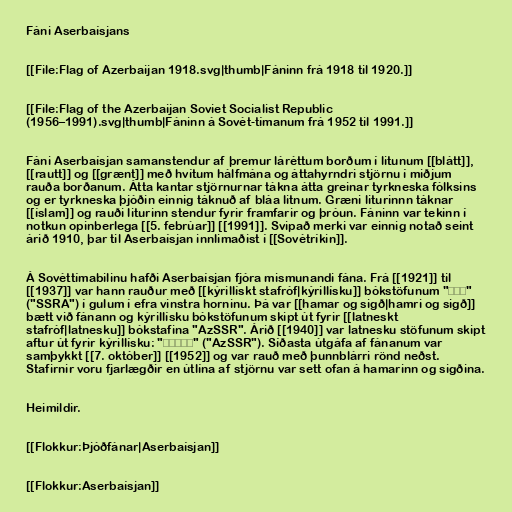
Fáni Aserbaísjans

[[File:Flag of Azerbaijan 1918.svg|thumb|Fáninn frá 1918 til 1920.]]

[[File:Flag of the Azerbaijan Soviet Socialist Republic
(1956–1991).svg|thumb|Fáninn á Sovét-tímanum frá 1952 til 1991.]]

Fáni Aserbaísjan samanstendur af þremur láréttum borðum í litunum [[blátt]],
[[rautt]] og [[grænt]] með hvítum hálfmána og áttahyrndri stjörnu í miðjum
rauða borðanum. Átta kantar stjörnurnar tákna átta greinar tyrkneska fólksins
og er tyrkneska þjóðin einnig táknuð af bláa litnum. Græni liturinnn táknar
[[íslam]] og rauði liturinn stendur fyrir framfarir og þróun. Fáninn var tekinn í
notkun opinberlega [[5. febrúar]] [[1991]]. Svipað merki var einnig notað seint
árið 1910, þar til Aserbaísjan innlimaðist í [[Sovétríkin]].

Á Sovéttímabilinu hafði Aserbaísjan fjóra mismunandi fána. Frá [[1921]] til
[[1937]] var hann rauður með [[kýrillískt stafróf|kýrillísku]] bókstöfunum "ССА"
("SSRA") í gulum í efra vinstra horninu. Þá var [[hamar og sigð|hamri og sigð]]
bætt við fánann og kýrillísku bókstöfunum skipt út fyrir [[latneskt
stafróf|latnesku]] bókstafina "AzSSR". Árið [[1940]] var latnesku stöfunum skipt
aftur út fyrir kýrillísku: "АзССР" ("AzSSR"). Síðasta útgáfa af fánanum var
samþykkt [[7. október]] [[1952]] og var rauð með þunnblárri rönd neðst.
Stafirnir voru fjarlægðir en útlína af stjörnu var sett ofan á hamarinn og sigðina.

Heimildir.

[[Flokkur:Þjóðfánar|Aserbaísjan]]

[[Flokkur:Aserbaísjan]]